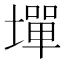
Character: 墠